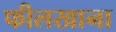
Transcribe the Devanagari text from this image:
फीलखाना